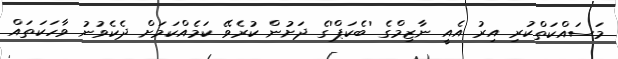
މަސައްކަތްކުރި އިރު އެއީ ނާޒިމްގެ 'ބެކަޕް'ގެ ދަށުން ކުރެވޭ ކަމެއްކަމަށް ދެކެވުނު ވާހަކަތައް